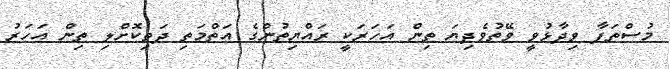
މުސްތަފާ ވިދާޅުވީ ވޭތުވެދިޔަ ތިން އަހަރަކީ ރައްޔިތުންގެ އަތްމަތި ދަތިކޮށްލި ތިން އަހަރު